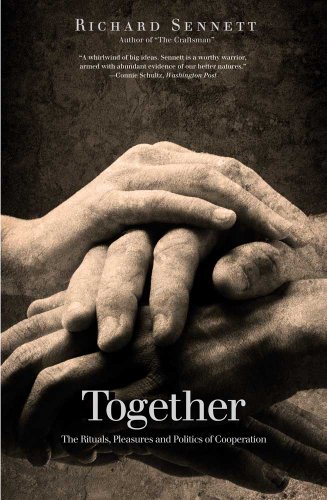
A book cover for Together: The Rituals, Pleasures and Politics of Cooperation; Richard Sennett; Politics & Social Sciences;